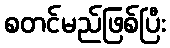
စတင်မည်ဖြစ်ပြီး